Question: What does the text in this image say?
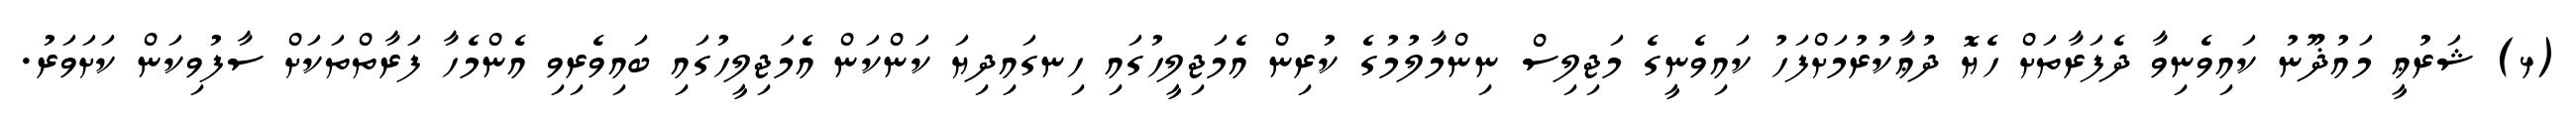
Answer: (ޅ) ޝަރުޢީ މައުޛޫނު ކައިވެނިވާ ދެފަރާތަށް ހެޔޮ ދުޢާކުރުމަށްފަހު ކައިވެނީގެ މަޖިލިސް ނިންމާލުމުގެ ކުރިން އެމަޖިލީހުގައި ހިނގައިދިޔަ ކަންކަން އެމަޖިލީހުގައި ބައިވެރިވި އެންމެހާ ފަރާތްތަކަށް ސާފުވިކަން ކަށަވަރު.